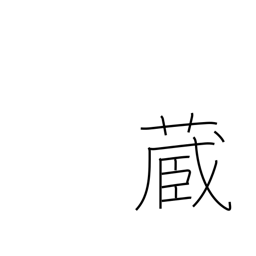
Meaning: possess